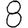
Digit: 8